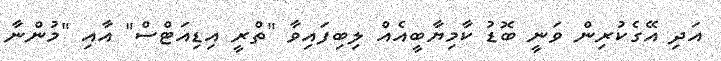
އަދި އޭގެކުރިން ވަނީ ބޮޑު ކާމިޔާބީއެއް ލިބިފައިވާ "ތްރީ އިޑިއަޓްސް" އާއި "މުންނާ